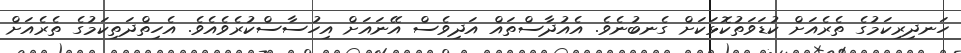
ހަނދިރިކަމުގެ ތެރެއަށް ކުޑަވަތުކޮޅަކަށް ގެނބުނެވެ. އެއުދާސްތައް އަދިވެސް އޭނައަށް އިހުސާސްކުރެވެއެވެ. އެހިތްދަތިކަމުގެ ތެރެއަށް